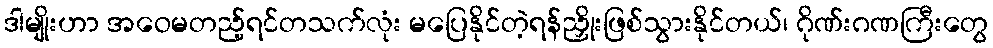
ဒါမျိုးဟာ အဝေမတည့်ရင်တသက်လုံး မပြေနိုင်တဲ့ရန်ညှိုးဖြစ်သွားနိုင်တယ်၊ ဂိုဏ်းဂဏကြီးတွေ